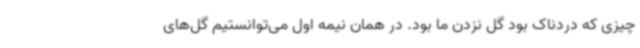
چیزی که دردناک بود گل نزدن ما بود. در همان نیمه اول می‌توانستیم گل‌های